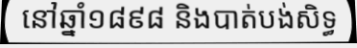
នៅឆ្នាំ១៨៩៨ និងបាត់បង់សិទ្ធ